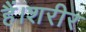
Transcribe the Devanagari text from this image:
हैं।शरीर